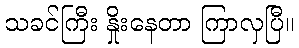
သခင်ကြီး နှိုးနေတာ ကြာလှပြီ။